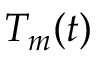
T _ { m } ( t )